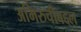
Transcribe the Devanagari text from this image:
अभिरुचीबद्दल